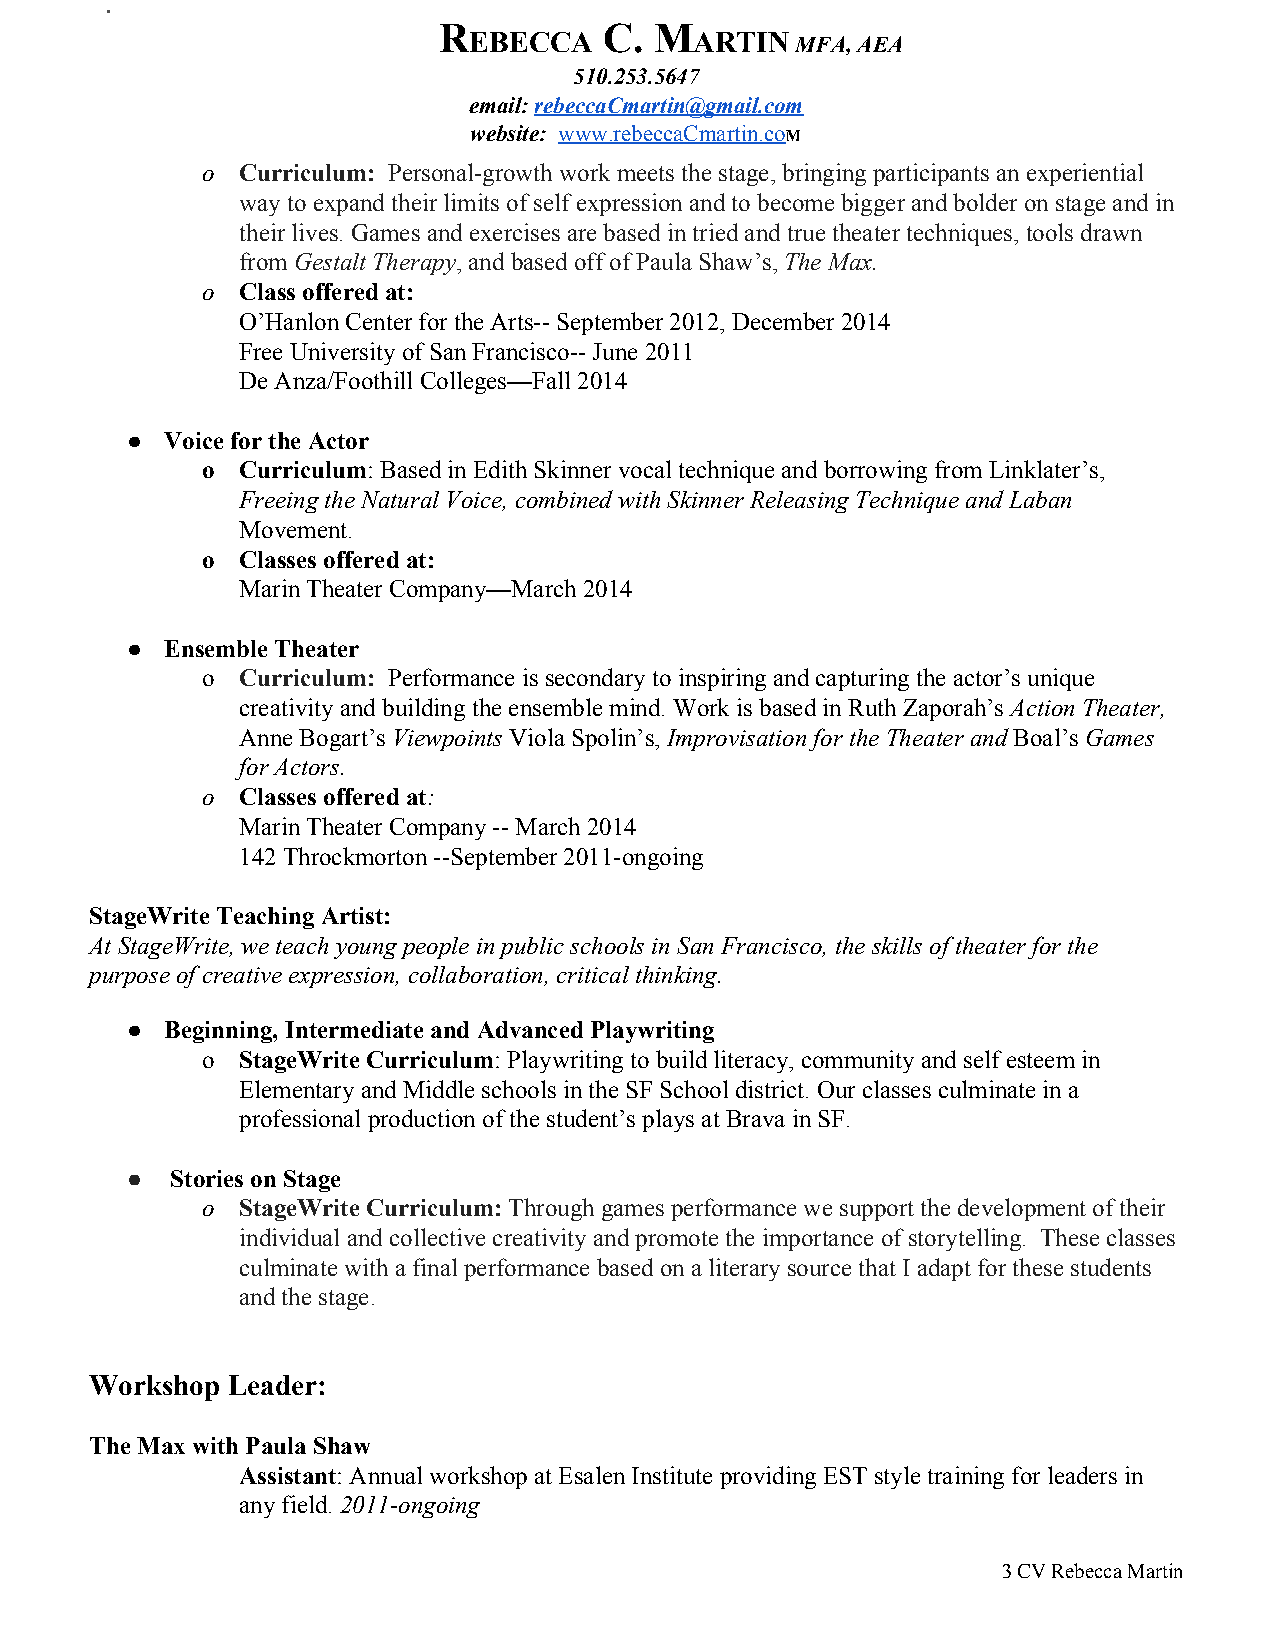
R          C. M
 EBECCA         ARTIN  MFA, AEA
 ​
 510.253.5647
 email: rebeccaCmartin@gmail.com
 ​
 website: www.rebeccaCmartin.coM
 ​              ​
 o  Curriculum: Personal­growth work meets the stage, bringing participants an experiential
 ​
 way to expand their limits of self expression and to become bigger and bolder on stage and in
 their lives. Games and exercises are based in tried and true theater techniques, tools drawn
 from Gestalt Therapy, and based off of Paula Shaw’s, The Max.
 ​          ​                     ​
 o  Class offered at:
 O’Hanlon Center for the Arts­­ September 2012, December 2014
 Free University of San Francisco­­ June 2011
 De Anza/Foothill Colleges—Fall 2014
 ●  Voice for the Actor
 o  Curriculum: Based in Edith Skinner vocal technique and borrowing from Linklater’s,
 ​
 Freeing the Natural Voice, combined with Skinner Releasing Technique and Laban
 ​​
 Movement.
 o  Classes offered at:
 Marin Theater Company—March 2014
 ●  Ensemble Theater
 o  Curriculum: Performance is secondary to inspiring and capturing the actor’s unique
 ​ ​
 creativity and building the ensemble mind. Work is based in Ruth Zaporah’s Action Theater,
 ​
 Anne Bogart’s Viewpoints Viola Spolin’s, Improvisation for the Theater and Boal’s Games
 ​      ​          ​                  ​​  ​   ​
 for Actors.
 o  Classes offered at:
 ​
 Marin Theater Company ­­ March 2014
 142 Throckmorton ­­September 2011­ongoing
 StageWrite Teaching Artist:
 At StageWrite, we teach young people in public schools in San Francisco, the skills of theater for the
 purpose of creative expression, collaboration, critical thinking.
 ●  Beginning, Intermediate and Advanced Playwriting
 o  StageWrite Curriculum: Playwriting to build literacy, community and self esteem in
 ​
 Elementary and Middle schools in the SF School district. Our classes culminate in a
 professional production of the student’s plays at Brava in SF.
 ●  Stories on Stage
 o  StageWrite Curriculum: Through games performance we support the development of their
 ​
 individual and collective creativity and promote the importance of storytelling. These classes
 culminate with a final performance based on a literary source that I adapt for these students
 and the stage.
 Workshop Leader:
 The Max with Paula Shaw
 Assistant: Annual workshop at Esalen Institute providing EST style training for leaders in
 ​
 any field. 2011­ongoing
 ​
 3 CV Rebecca Martin